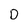
Character: D